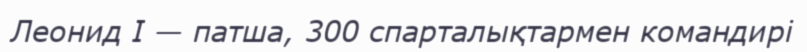
Леонид I — патша, 300 спарталықтармен командирі